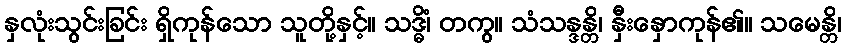
နှလုံးသွင်းခြင်း ရှိကုန်သော သူတို့နှင့်။ သဒ္ဓိံ၊ တကွ။ သံသန္ဒန္တိ၊ နှီးနှောကုန်၏။ သမေန္တိ၊